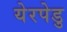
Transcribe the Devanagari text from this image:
येरपेडु